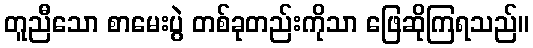
တူညီသော စာမေးပွဲ တစ်ခုတည်းကိုသာ ဖြေဆိုကြရသည်။